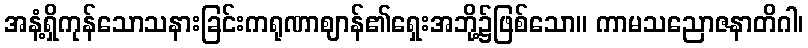
အနံ့ရှိကုန်သောသနားခြင်းကရုဏာဈာန်၏ရှေးအဘို့၌ဖြစ်သော။ ကာမသညောဇနာတိဂါ၊